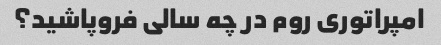
امپراتوری روم در چه سالی فروپاشید؟